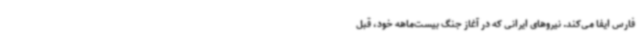
فارس ایفا می‌کند. نیروهای ایرانی که در آغاز جنگ بیست‌ماهه خود، قبل